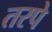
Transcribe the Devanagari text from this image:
तरपे